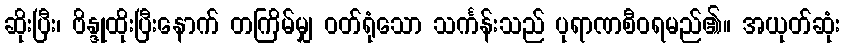
ဆိုးပြီး၊ ဗိန္ဒုထိုးပြီးနောက် တကြိမ်မျှ ဝတ်ရုံသော သင်္ကန်းသည် ပုရာဏစီဝရမည်၏။ အယုတ်ဆုံး